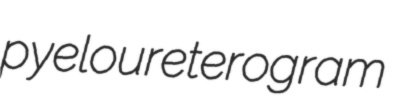
pyeloureterogram